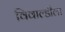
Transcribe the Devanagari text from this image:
विवाल्डीला